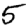
Digit: 5